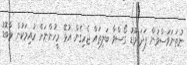
ނުތަނަވަސްވުން ފަދަ މޫޑު ގޯސްވާ ބަލިތައް ޖެހިގެން އުޅޭ މީހުންނަށް ރުއިމަކުން މާބޮޑު